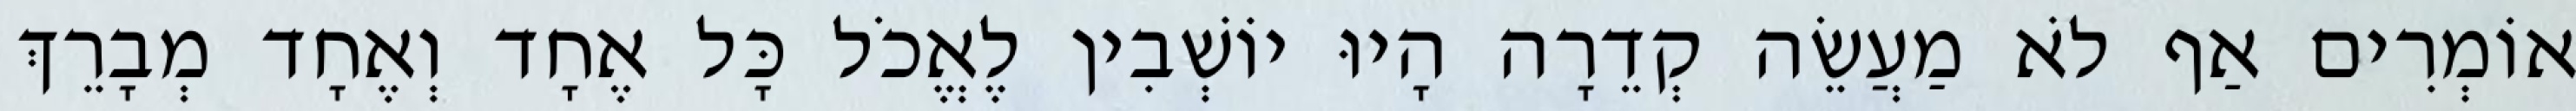
אוֹמְרִים אַף לֹא מַעֲשֵׂה קְדֵרָה הָיוּ יוֹשְׁבִין לֶאֱכֹל כָּל אֶחָד וְאֶחָד מְבָרֵךְ